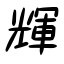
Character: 輝